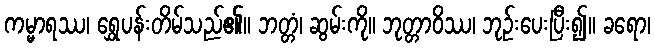
ကမ္မာရဿ၊ ရွှေပန်းတိမ်သည်၏။ ဘတ္တံ၊ ဆွမ်းကို။ ဘုတ္တာဝိဿ၊ ဘုဉ်းပေးပြီး၍။ ခရော၊